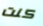
كنت